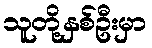
သူတို့နှစ်ဦးမှာ